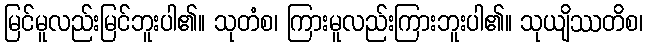
မြင်မူလည်းမြင်ဘူးပါ၏။ သုတံစ၊ ကြားမူလည်းကြားဘူးပါ၏။ သုယျိဿတိစ၊